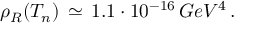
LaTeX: \rho _ { R } ( T _ { n } ) \, \simeq \, 1 . 1 \cdot 1 0 ^ { - 1 6 } \, G e V ^ { 4 } \, .